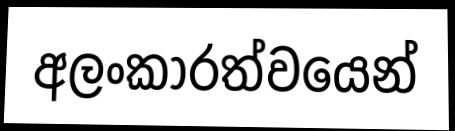
අලංකාරත්වයෙන්